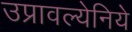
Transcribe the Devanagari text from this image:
उप्रावल्येनिये